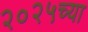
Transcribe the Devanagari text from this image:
२०२५च्या